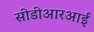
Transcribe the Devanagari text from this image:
सीडीआरआई